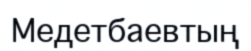
Медетбаевтың